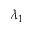
\lambda _ { 1 }